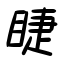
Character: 睫